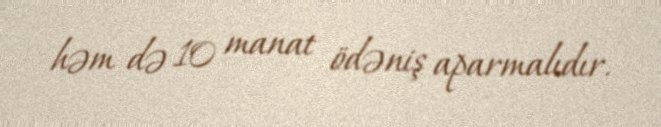
həm də 10 manat ödəniş aparmalıdır.